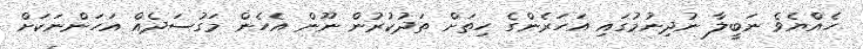
ހެއްޔެވެ ނަބީލާ ނުދިނުމުގައި އަހަރެންގެ ހިތަށް ތަދުކުރުން ނޫން އެހެން މަގުސަދެއް އަހަންނަކަށް